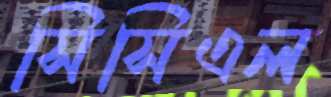
সিসিএল